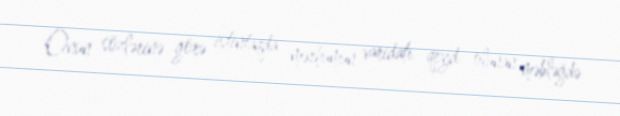
Onun sözlərinə görə istintaqda mərhumun varidatı qeyd olunan məbləğdə